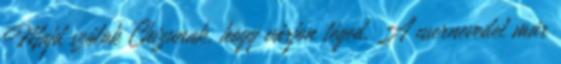
Majd szólok Chizunak, hogy várjon téged. A usernevedet már